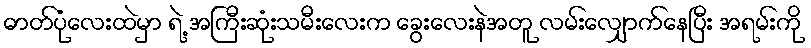
ဓာတ်ပုံလေးထဲမှာ ရဲ့ အကြီးဆုံးသမီးလေးက ခွေးလေးနဲအတူ လမ်းလျှောက်နေပြီး အရမ်းကို